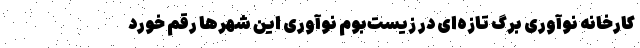
کارخانه نوآوری برگ تازه‌ای در زیست‌بوم نوآوری این شهرها رقم ‌خورد